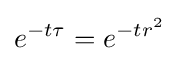
e^{-t\tau }=e^{-tr^{2}}